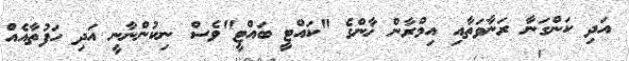
އަދި ކަންގަނާ ރަނާވަތާއި އިމްރާން ޚާންގެ "ކައްޓީ ބައްޓީ"ވެސް ނިކުންނާނީ އަދި ހަފުތާއެއް